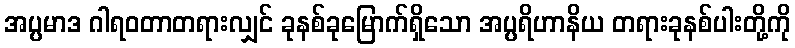
အပ္ပမာဒ ဂါရဝတာတရားလျှင် ခုနစ်ခုမြောက်ရှိသော အပ္ပရိဟာနိယ တရားခုနစ်ပါးတို့ကို